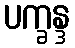
ပက္ခန္ဒ